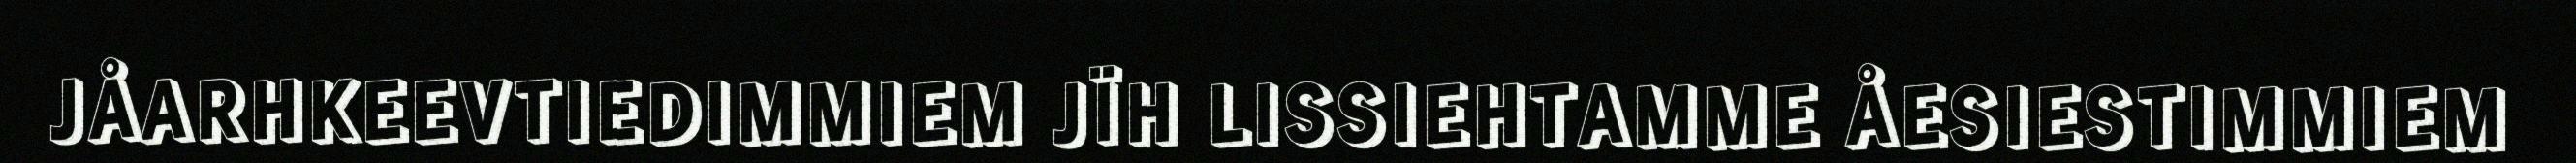
JÅARHKEEVTIEDIMMIEM JÏH LISSIEHTAMME ÅESIESTIMMIEM